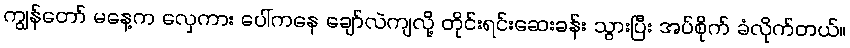
ကျွန်တော် မနေ့က လှေကား ပေါ်ကနေ ချော်လဲကျလို့ တိုင်းရင်းဆေးခန်း သွားပြီး အပ်စိုက် ခံလိုက်တယ်။